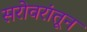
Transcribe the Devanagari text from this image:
सरोवरांतून